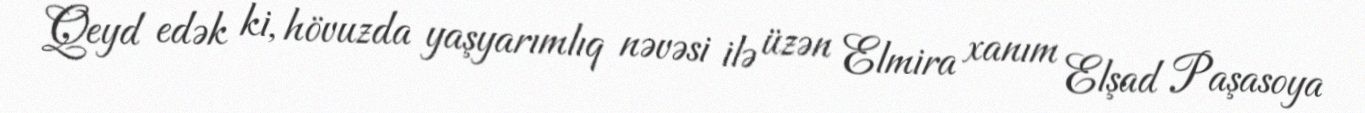
Qeyd edək ki, hövuzda yaşyarımlıq nəvəsi ilə üzən Elmira xanım Elşad Paşasoya